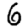
Digit: 6